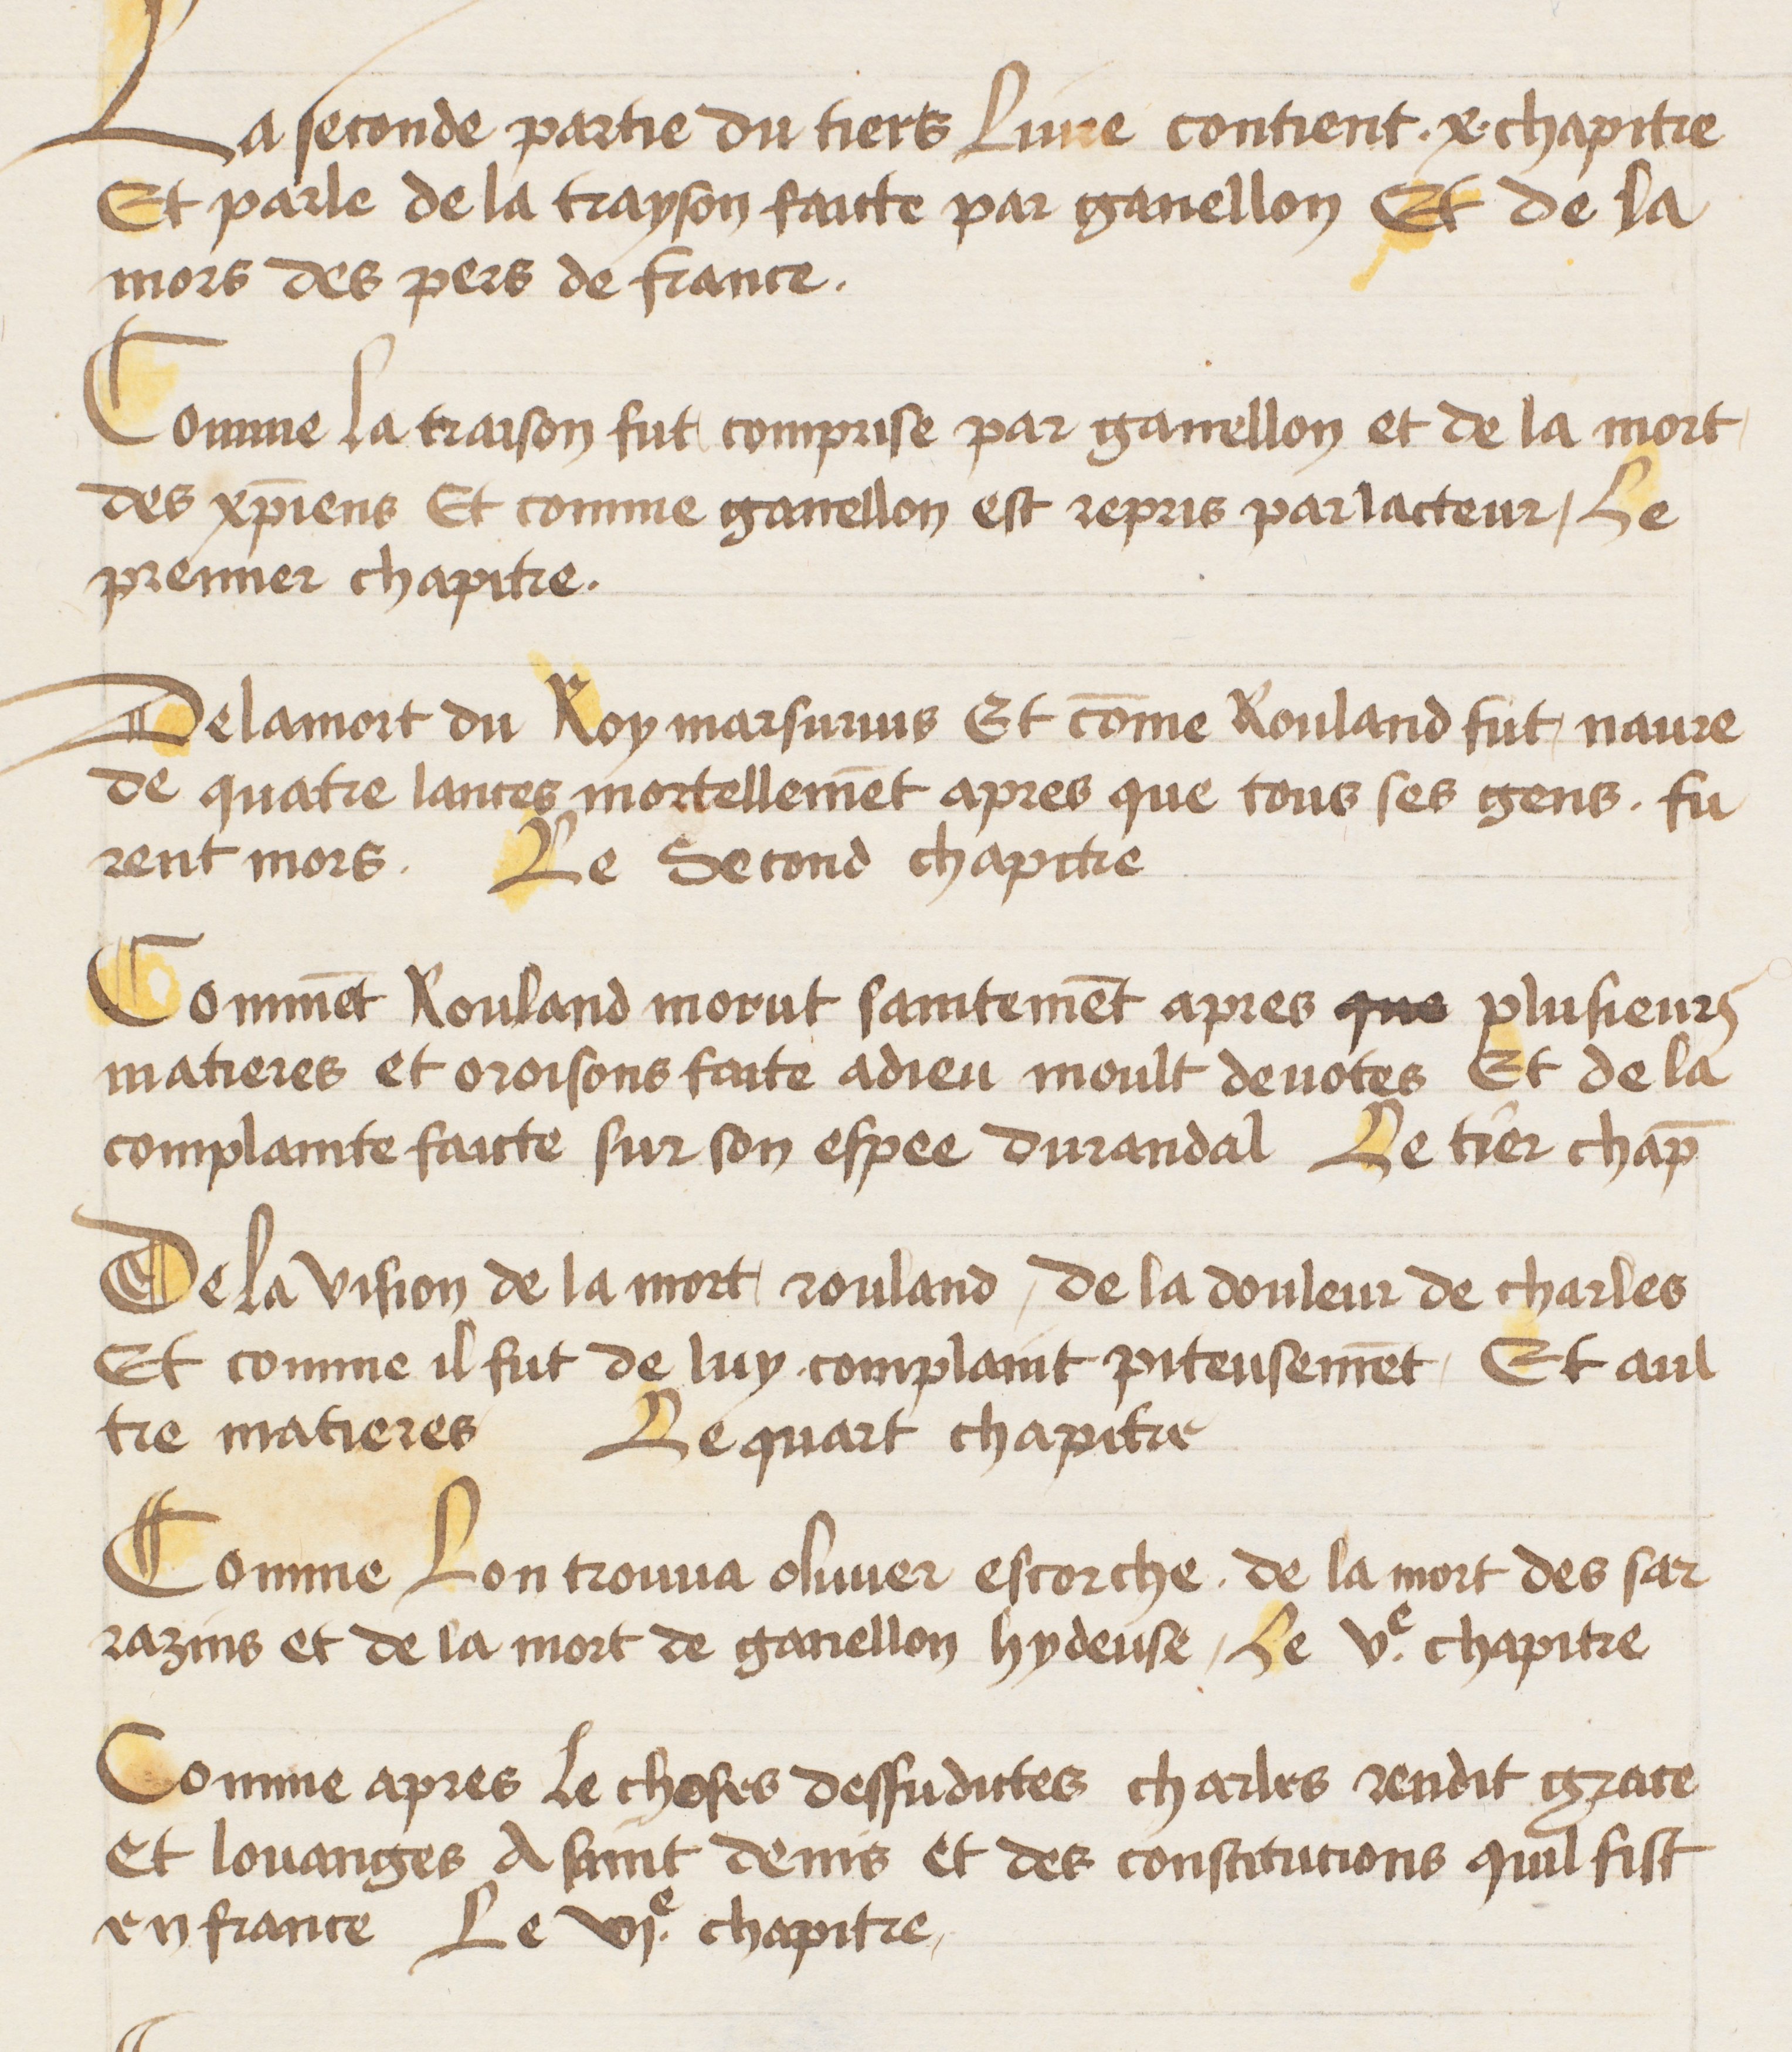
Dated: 1400–1499